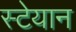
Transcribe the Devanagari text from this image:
स्टेयान